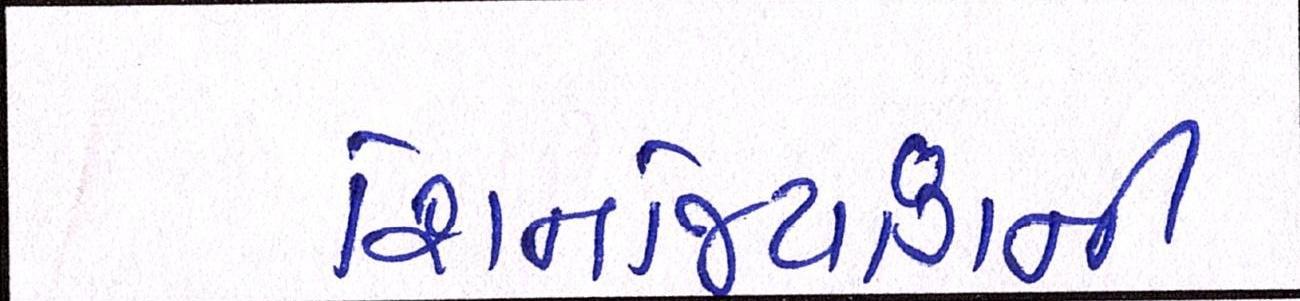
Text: શિનજિયાંગની